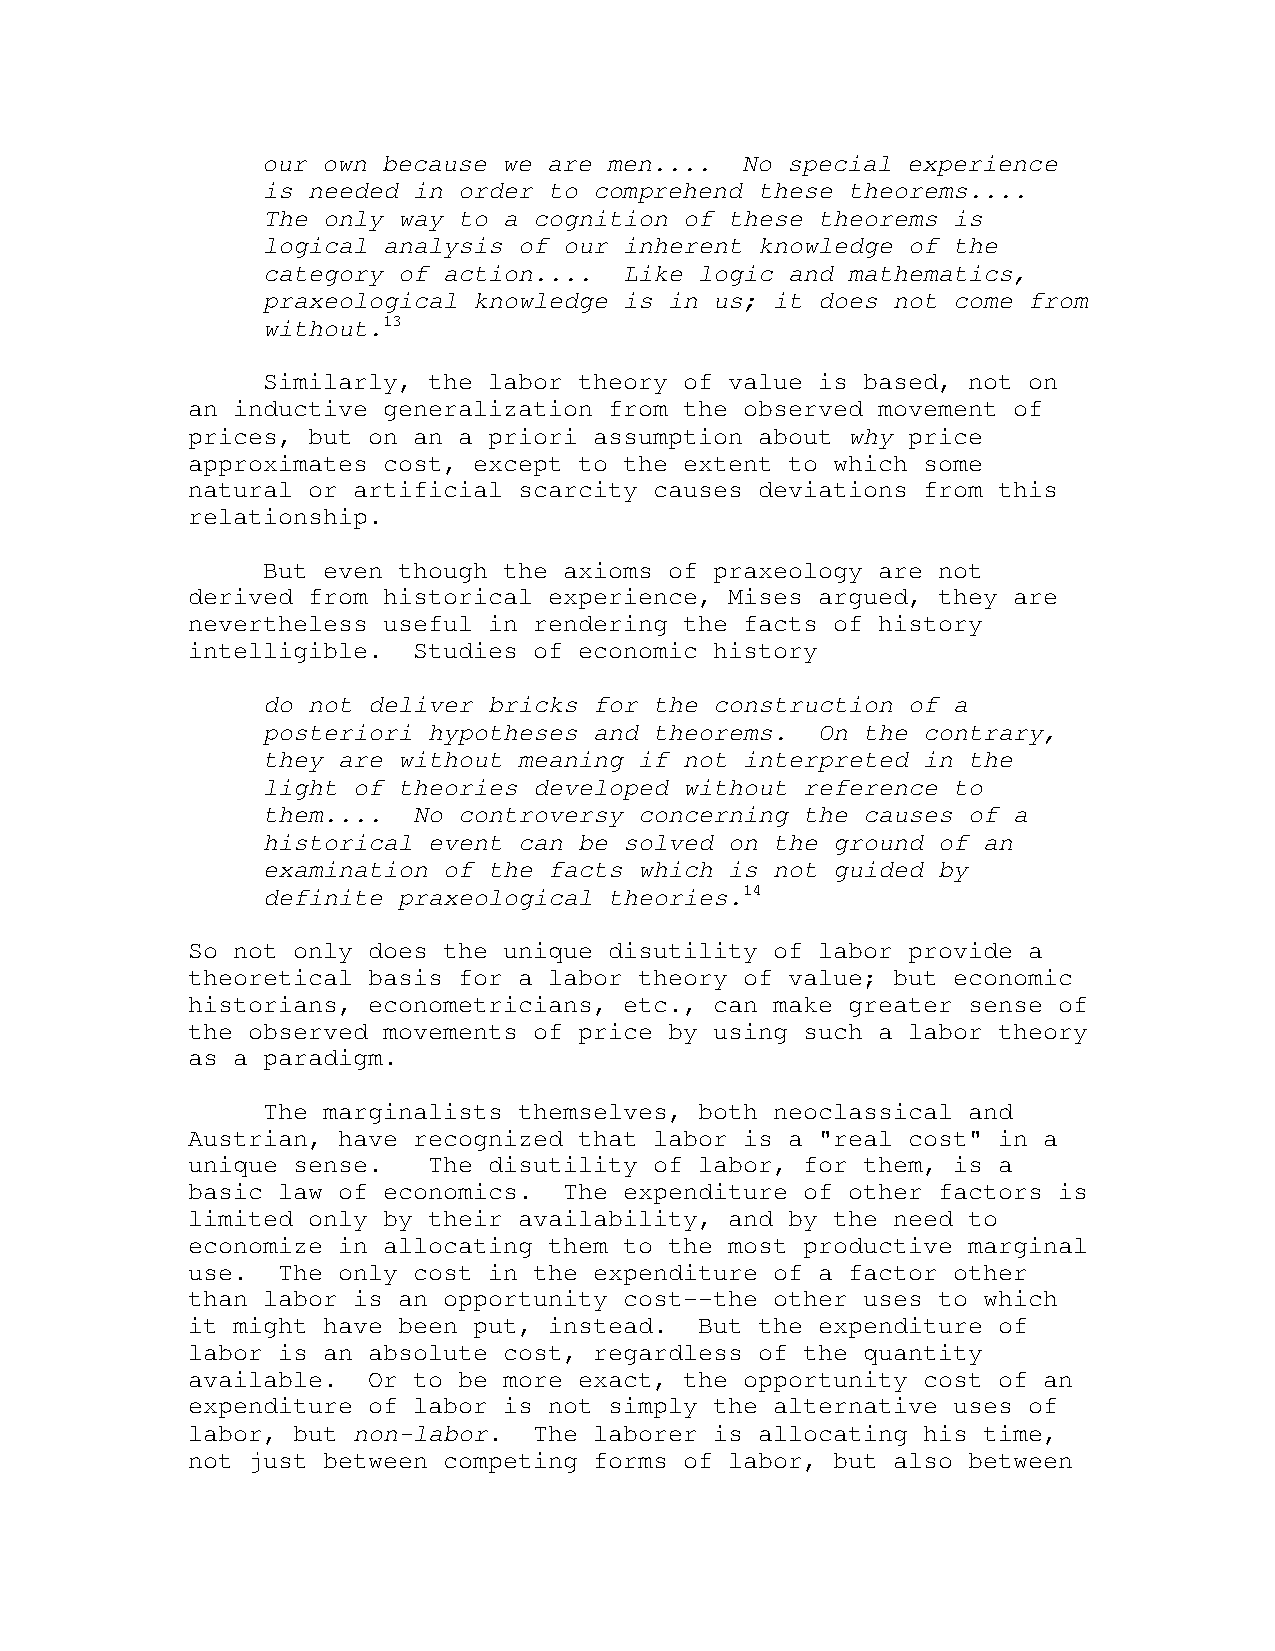
our own because we are men....  No special experience
 is needed in order to comprehend these theorems....
 The only way to a cognition of these theorems is
 logical analysis of our inherent knowledge of the
 category of action....  Like logic and mathematics,
 praxeological knowledge is in us; it does not come from
 without.13
 Similarly, the labor theory of value is based, not on
 an inductive generalization from the observed movement of
 prices, but on an a priori assumption about why price
 approximates cost, except to the extent to which some
 natural or artificial scarcity causes deviations from this
 relationship.
 But even though the axioms of praxeology are not
 derived from historical experience, Mises argued, they are
 nevertheless useful in rendering the facts of history
 intelligible.  Studies of economic history
 do not deliver bricks for the construction of a
 posteriori hypotheses and theorems.  On the contrary,
 they are without meaning if not interpreted in the
 light of theories developed without reference to
 them....  No controversy concerning the causes of a
 historical event can be solved on the ground of an
 examination of the facts which is not guided by
 definite praxeological theories.14
 So not only does the unique disutility of labor provide a
 theoretical basis for a labor theory of value; but economic
 historians, econometricians, etc., can make greater sense of
 the observed movements of price by using such a labor theory
 as a paradigm.
 The marginalists themselves, both neoclassical and
 Austrian, have recognized that labor is a "real cost" in a
 unique sense.   The disutility of labor, for them, is a
 basic law of economics.  The expenditure of other factors is
 limited only by their availability, and by the need to
 economize in allocating them to the most productive marginal
 use.  The only cost in the expenditure of a factor other
 than labor is an opportunity cost--the other uses to which
 it might have been put, instead.  But the expenditure of
 labor is an absolute cost, regardless of the quantity
 available.  Or to be more exact, the opportunity cost of an
 expenditure of labor is not simply the alternative uses of
 labor, but non-labor.  The laborer is allocating his time,
 not just between competing forms of labor, but also between